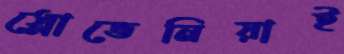
স্লোভেনিয়াই